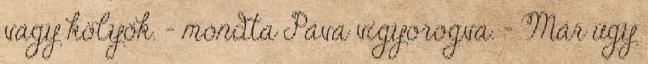
vagy kölyök. – mondta Páva vigyorogva. - Már úgy